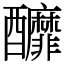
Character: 釄